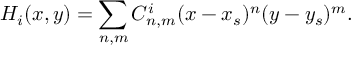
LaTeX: H _ { i } ( x , y ) = \sum _ { n , m } C _ { n , m } ^ { i } ( x - x _ { s } ) ^ { n } ( y - y _ { s } ) ^ { m } .